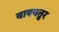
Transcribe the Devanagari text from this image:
वाक्चतुर